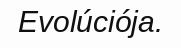
Evolúciója.